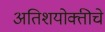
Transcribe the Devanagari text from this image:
अतिशयोक्तीचे